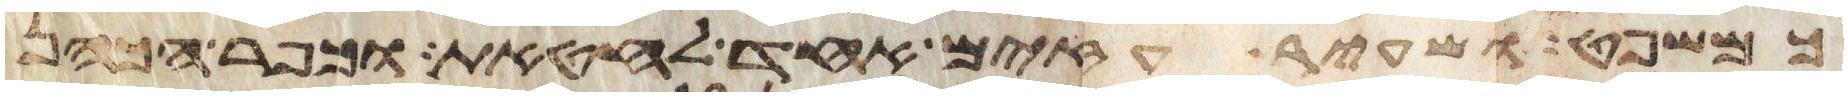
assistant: כמשפט ושעיר עזים אחד לחטאת וכפר הכהן